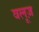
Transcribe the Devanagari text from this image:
वलूज़